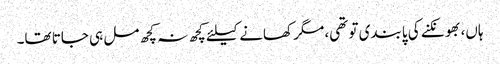
ہاں، بھونکنے کی پابندی تو تھی، مگر کھانے کیلئے کچھ نہ کچھ مل ہی جاتا تھا۔